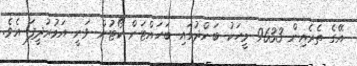
އޭގެ ތެރެއިން 9633 މީހަކު ބަންދުގައި ބަހައްޓަން ކޯޓުން ވަނީ އަމުރުދީފަ އެވެ.